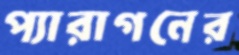
প্যারাগনের